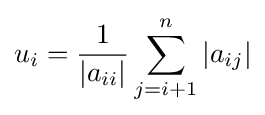
u_{i}={\frac {1}{\left|a_{ii}\right|}}\sum _{j=i+1}^{n}\left|a_{ij}\right|